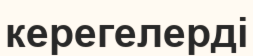
керегелерді